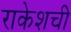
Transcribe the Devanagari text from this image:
राकेशची